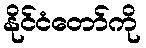
နိုင်ငံတော်ကို